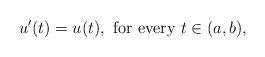
LaTeX: \begin{align*}u'(t) = u(t), \mbox{ for every } t \in (a,b),\end{align*}